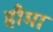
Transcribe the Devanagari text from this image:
हौमा